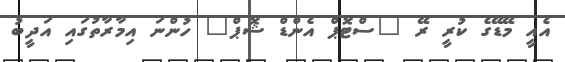
އެއީ މޭޑޭގެ ކުރީ ރޭ "ސްޓޮޕް އެންޑް ޝޮޕް" ހުންނަ އިމާރާތުގައި އަދީބު